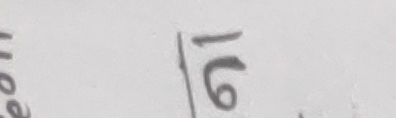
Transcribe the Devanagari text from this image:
१६